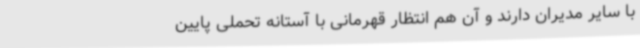
با سایر مدیران دارند و آن‌ هم انتظار قهرمانی با آستانه تحملی پایین